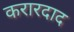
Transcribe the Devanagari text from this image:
करारदाद